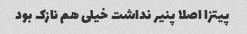
پیتزا اصلا پنیر نداشت خیلی هم نازک بود